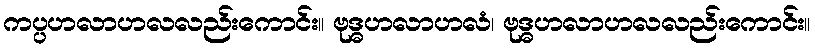
ကပ္ပဟလာဟလလည်းကောင်း။ ဗုဒ္ဓဟလာဟလံ၊ ဗုဒ္ဓဟလာဟလလည်းကောင်း။